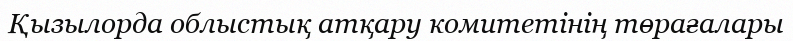
Қызылорда облыстық атқару комитетінің төрағалары